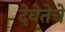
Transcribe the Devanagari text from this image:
देवेतेचे